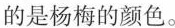
的是杨梅的颜色。